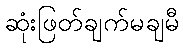
ဆုံးဖြတ်ချက်မချမီ